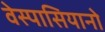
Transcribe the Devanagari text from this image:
वेस्पासियानो